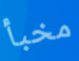
مخبأ